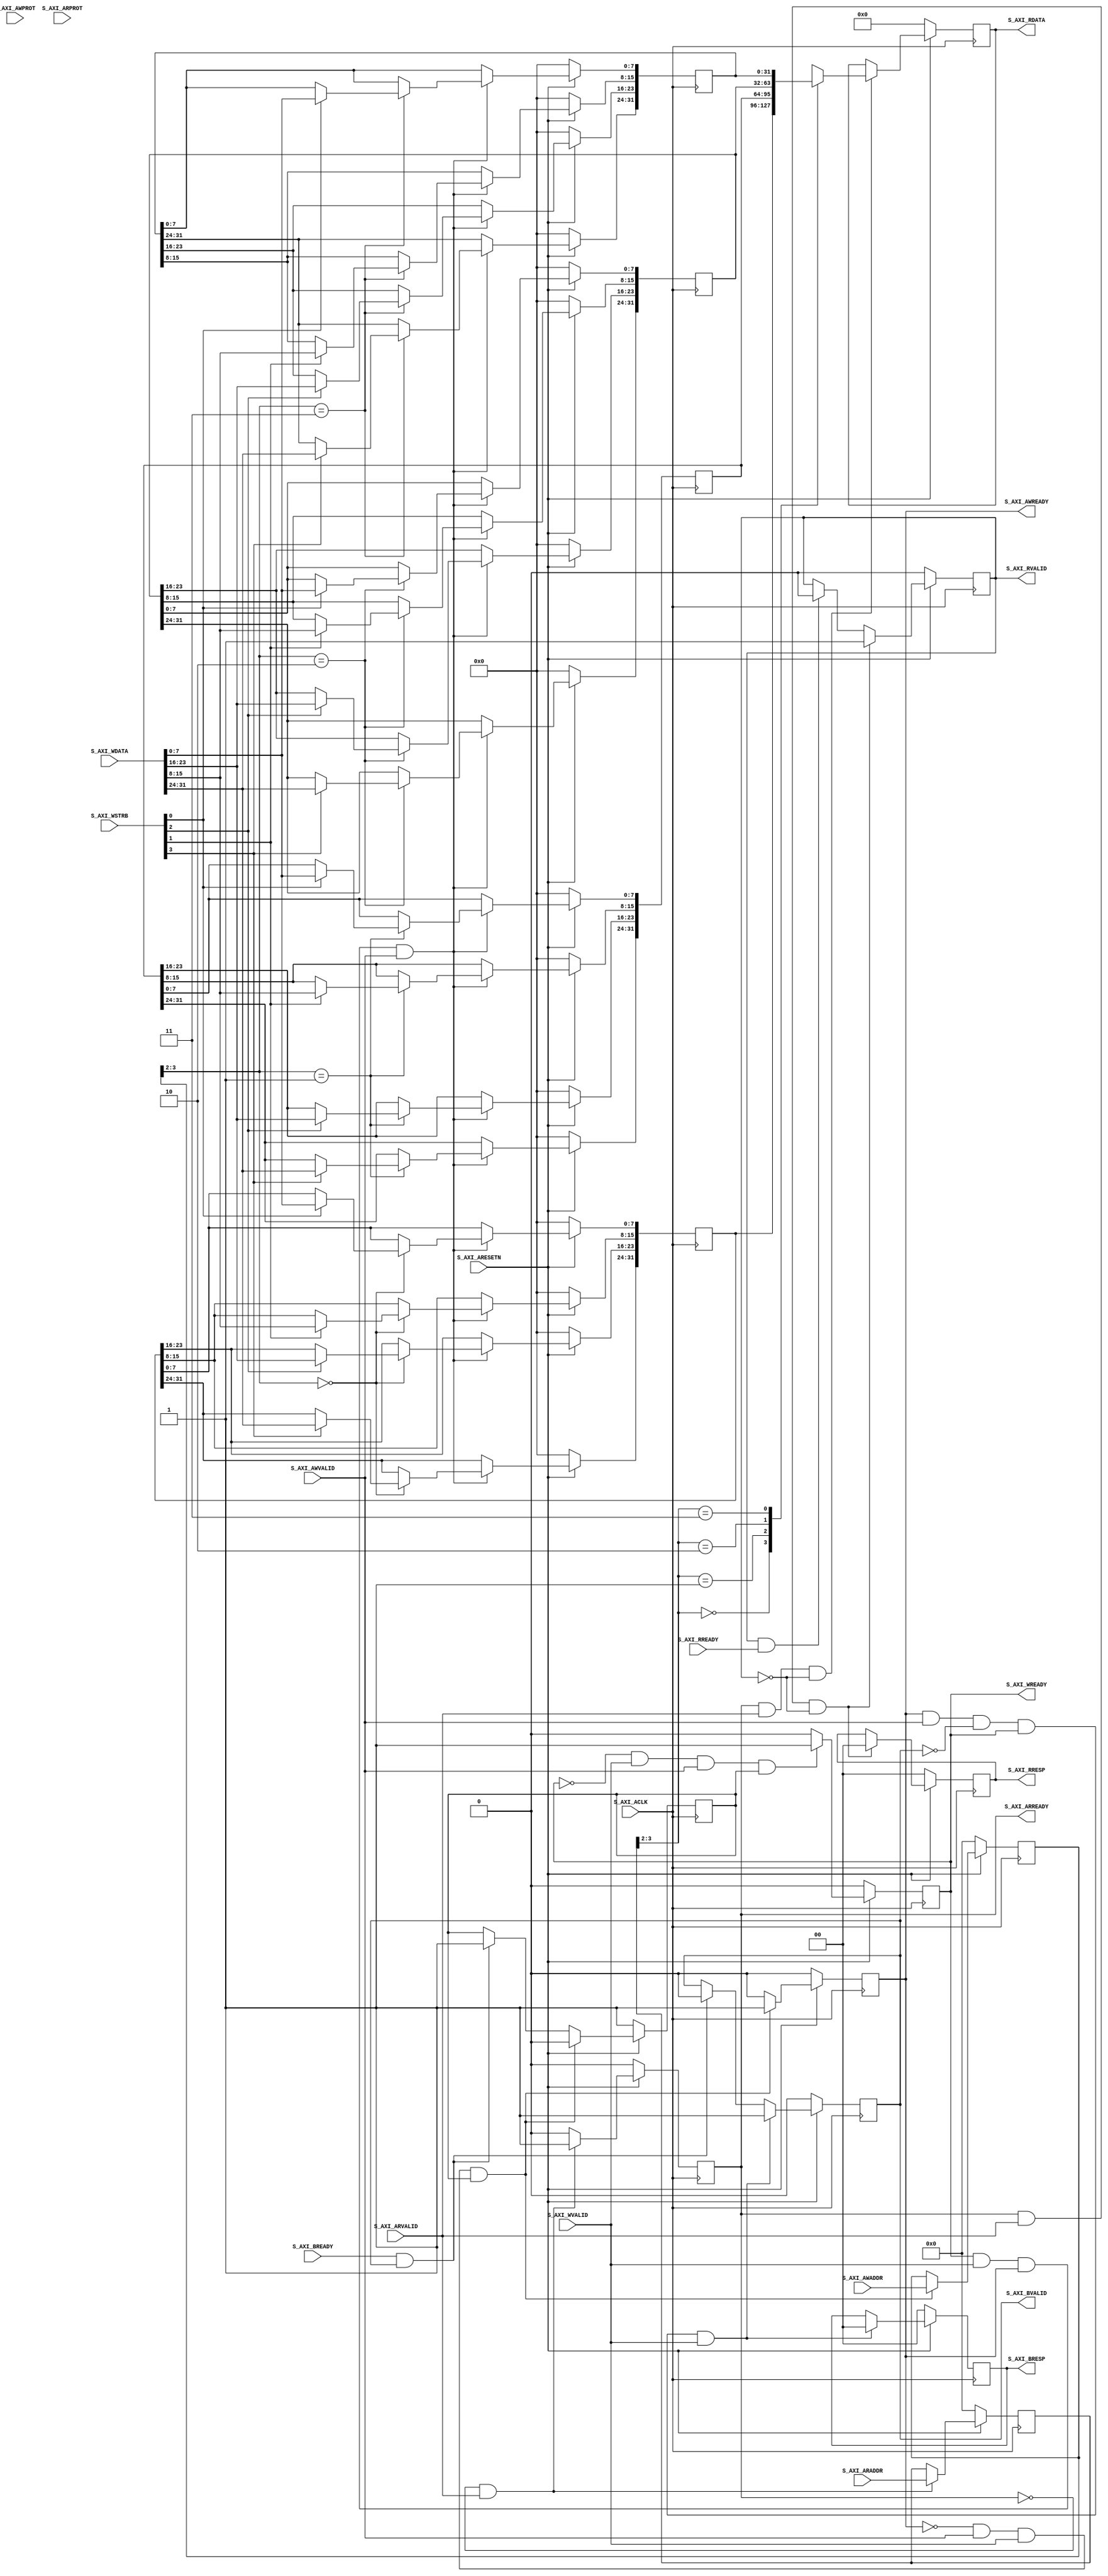
// This program was cloned from: https://github.com/Digital-EDA/Digital-IDE
// License: MIT License

`timescale 1 ns / 1 ps

module AXI #(
	parameter integer OUTPUT_WIDTH      	= 12,
	parameter integer PHASE_WIDTH        	= 32,
	parameter integer C_S_AXI_DATA_WIDTH	= 32,
	parameter integer C_S_AXI_ADDR_WIDTH	= 4
) (
	// Users to add ports here
	
	// User ports ends
	// Do not modify the ports beyond this line

	input  wire  S_AXI_ACLK, 
	input  wire  S_AXI_ARESETN,

	input  wire  S_AXI_WVALID,
	output wire  S_AXI_RVALID,
	output wire  S_AXI_WREADY,
	input  wire  S_AXI_RREADY,

	input  wire  S_AXI_AWVALID,
	input  wire  S_AXI_ARVALID,
	output wire  S_AXI_AWREADY,
	output wire  S_AXI_ARREADY,

	input  wire  [C_S_AXI_ADDR_WIDTH-1 : 0] S_AXI_AWADDR,
	input  wire  [C_S_AXI_ADDR_WIDTH-1 : 0] S_AXI_ARADDR,
	input  wire  [C_S_AXI_DATA_WIDTH-1 : 0] S_AXI_WDATA,
	output wire  [C_S_AXI_DATA_WIDTH-1 : 0] S_AXI_RDATA,

	input  wire  [2 : 0] S_AXI_AWPROT,
	input  wire  [2 : 0] S_AXI_ARPROT,

	output wire  [1 : 0] S_AXI_BRESP,
	output wire  [1 : 0] S_AXI_RRESP,

	output wire  S_AXI_BVALID,
	input  wire  S_AXI_BREADY,

	input  wire  [(C_S_AXI_DATA_WIDTH/8)-1 : 0] S_AXI_WSTRB
);

// AXI4LITE signals
reg  							axi_awready;
reg  							axi_arready;
reg  							axi_bvalid;
reg  							axi_rvalid;
reg  							axi_wready;

reg [1 : 0] 					axi_bresp;
reg [1 : 0] 					axi_rresp;

reg [C_S_AXI_ADDR_WIDTH-1 : 0] 	axi_awaddr;
reg [C_S_AXI_ADDR_WIDTH-1 : 0] 	axi_araddr;
reg [C_S_AXI_DATA_WIDTH-1 : 0] 	axi_rdata;
// Example-specific design signals
// local parameter for addressing 32 bit / 64 bit C_S_AXI_DATA_WIDTH
// ADDR_LSB is used for addressing 32/64 bit registers/memories
// ADDR_LSB = 2 for 32 bits (n downto 2)
// ADDR_LSB = 3 for 64 bits (n downto 3)
localparam integer ADDR_LSB          = (C_S_AXI_DATA_WIDTH/32) + 1;
localparam integer OPT_MEM_ADDR_BITS = 1;
//----------------------------------------------
//-- Signals for user logic register space example
//------------------------------------------------
//-- Number of Slave Registers 4
reg	                          aw_en;
wire	                      slv_reg_rden;
wire	                      slv_reg_wren;
reg  [C_S_AXI_DATA_WIDTH-1:0] slv_reg0;
reg  [C_S_AXI_DATA_WIDTH-1:0] slv_reg1;
reg  [C_S_AXI_DATA_WIDTH-1:0] slv_reg2;
reg  [C_S_AXI_DATA_WIDTH-1:0] slv_reg3;
reg  [C_S_AXI_DATA_WIDTH-1:0] reg_data_out;

integer	                      byte_index;
// I/O Connections assignments

assign S_AXI_AWREADY	= axi_awready;
assign S_AXI_WREADY	    = axi_wready;
assign S_AXI_BRESP	    = axi_bresp;
assign S_AXI_BVALID	    = axi_bvalid;
assign S_AXI_ARREADY	= axi_arready;
assign S_AXI_RDATA	    = axi_rdata;
assign S_AXI_RRESP	    = axi_rresp;
assign S_AXI_RVALID	    = axi_rvalid;
// Implement axi_awready generation
// axi_awready is asserted for one S_AXI_ACLK clock cycle when both
// S_AXI_AWVALID and S_AXI_WVALID are asserted. axi_awready is
// de-asserted when reset is low.

always @( posedge S_AXI_ACLK ) begin
	if ( S_AXI_ARESETN == 1'b0 ) begin
		axi_awready <= 1'b0;
		aw_en <= 1'b1;
	end 
	else begin    
		if (~axi_awready && S_AXI_AWVALID && S_AXI_WVALID && aw_en) begin
			axi_awready <= 1'b1;
			aw_en <= 1'b0;
		end
		else if (S_AXI_BREADY && axi_bvalid) begin
				aw_en <= 1'b1;
				axi_awready <= 1'b0;
		end
		else begin
			axi_awready <= 1'b0;
		end
	end 
end       

// Implement axi_awaddr latching
// This process is used to latch the address when both 
// S_AXI_AWVALID and S_AXI_WVALID are valid. 
always @( posedge S_AXI_ACLK ) begin
	if ( S_AXI_ARESETN == 1'b0 ) begin
		axi_awaddr <= 0;
	end 
	else begin    
		if (~axi_awready && S_AXI_AWVALID && S_AXI_WVALID && aw_en) begin
			// Write Address latching 
			axi_awaddr <= S_AXI_AWADDR;
		end
	end 
end       

// Implement axi_wready generation
// axi_wready is asserted for one S_AXI_ACLK clock cycle when both
// S_AXI_AWVALID and S_AXI_WVALID are asserted. axi_wready is 
// de-asserted when reset is low. 
always @( posedge S_AXI_ACLK ) begin
	if ( S_AXI_ARESETN == 1'b0 ) begin
		axi_wready <= 1'b0;
	end 
	else begin    
		if (~axi_wready && S_AXI_WVALID && S_AXI_AWVALID && aw_en ) begin
			axi_wready <= 1'b1;
		end
		else begin
			axi_wready <= 1'b0;
		end
	end 
end       

// Implement write response logic generation
// The write response and response valid signals are asserted by the slave 
// when axi_wready, S_AXI_WVALID, axi_wready and S_AXI_WVALID are asserted.  
// This marks the acceptance of address and indicates the status of 
// write transaction.

always @( posedge S_AXI_ACLK ) begin
	if ( S_AXI_ARESETN == 1'b0 ) begin
		axi_bvalid  <= 0;
		axi_bresp   <= 2'b0;
	end 
	else begin    
		if (axi_awready && S_AXI_AWVALID && ~axi_bvalid && axi_wready && S_AXI_WVALID) begin
			// indicates a valid write response is available
			axi_bvalid <= 1'b1;
			axi_bresp  <= 2'b0; // 'OKAY' response 
		end                   // work error responses in future
		else begin
			if (S_AXI_BREADY && axi_bvalid) begin
				axi_bvalid <= 1'b0; 
			end  
		end
	end
end   

// Implement axi_arready generation
// axi_arready is asserted for one S_AXI_ACLK clock cycle when
// S_AXI_ARVALID is asserted. axi_awready is 
// de-asserted when reset (active low) is asserted. 
// The read address is also latched when S_AXI_ARVALID is 
// asserted. axi_araddr is reset to zero on reset assertion.

always @( posedge S_AXI_ACLK ) begin
	if ( S_AXI_ARESETN == 1'b0 ) begin
		axi_arready <= 1'b0;
		axi_araddr  <= 32'b0;
	end 
	else begin    
		if (~axi_arready && S_AXI_ARVALID) begin
			// indicates that the slave has acceped the valid read address
			axi_arready <= 1'b1;
			// Read address latching
			axi_araddr  <= S_AXI_ARADDR;
		end
		else begin
			axi_arready <= 1'b0;
		end
	end 
end       

// Implement axi_arvalid generation
// axi_rvalid is asserted for one S_AXI_ACLK clock cycle when both 
// S_AXI_ARVALID and axi_arready are asserted. The slave registers 
// data are available on the axi_rdata bus at this instance. The 
// assertion of axi_rvalid marks the validity of read data on the 
// bus and axi_rresp indicates the status of read transaction.axi_rvalid 
// is deasserted on reset (active low). axi_rresp and axi_rdata are 
// cleared to zero on reset (active low).  
always @( posedge S_AXI_ACLK ) begin
	if ( S_AXI_ARESETN == 1'b0 ) begin
		axi_rvalid <= 0;
		axi_rresp  <= 0;
	end 
	else begin    
		if (axi_arready && S_AXI_ARVALID && ~axi_rvalid) begin
			// Valid read data is available at the read data bus
			axi_rvalid <= 1'b1;
			axi_rresp  <= 2'b0; // 'OKAY' response
		end   
		else if (axi_rvalid && S_AXI_RREADY) begin
			// Read data is accepted by the master
			axi_rvalid <= 1'b0;
		end                
	end
end    

// Output register or memory read data
always @( posedge S_AXI_ACLK ) begin
	if ( S_AXI_ARESETN == 1'b0 ) begin
		axi_rdata  <= 0;
	end 
	else begin    
		if (slv_reg_rden) begin
			axi_rdata <= reg_data_out;     // register read data
		end   
	end
end  

// Implement memory mapped register select and write logic generation
// The write data is accepted and written to memory mapped registers when
// axi_awready, S_AXI_WVALID, axi_wready and S_AXI_WVALID are asserted. Write strobes are used to
// select byte enables of slave registers while writing.
// These registers are cleared when reset (active low) is applied.
// Slave register write enable is asserted when valid address and data are available
// and the slave is ready to accept the write address and write data.
assign slv_reg_wren = axi_wready && S_AXI_WVALID && axi_awready && S_AXI_AWVALID;

always @( posedge S_AXI_ACLK ) begin
	if ( S_AXI_ARESETN == 1'b0 ) begin
		slv_reg0 <= 0;
		slv_reg1 <= 0;
		slv_reg2 <= 0;
		slv_reg3 <= 0;
	end
	else begin
		if (slv_reg_wren) begin
			case ( axi_awaddr[ADDR_LSB+OPT_MEM_ADDR_BITS:ADDR_LSB] )
				4'd0:for ( byte_index = 0; byte_index <= (C_S_AXI_DATA_WIDTH/8)-1; byte_index = byte_index+1 )
						if ( S_AXI_WSTRB[byte_index] == 1 ) begin
							slv_reg0[(byte_index*8) +: 8] <= S_AXI_WDATA[(byte_index*8) +: 8];
						end
				4'd1:for ( byte_index = 0; byte_index <= (C_S_AXI_DATA_WIDTH/8)-1; byte_index = byte_index+1 )
						if ( S_AXI_WSTRB[byte_index] == 1 ) begin
							slv_reg1[(byte_index*8) +: 8] <= S_AXI_WDATA[(byte_index*8) +: 8];
						end 
				4'd2:for ( byte_index = 0; byte_index <= (C_S_AXI_DATA_WIDTH/8)-1; byte_index = byte_index+1 )
						if ( S_AXI_WSTRB[byte_index] == 1 ) begin
							slv_reg2[(byte_index*8) +: 8] <= S_AXI_WDATA[(byte_index*8) +: 8];
						end
				4'd3:for ( byte_index = 0; byte_index <= (C_S_AXI_DATA_WIDTH/8)-1; byte_index = byte_index+1 )
						if ( S_AXI_WSTRB[byte_index] == 1 ) begin
							slv_reg3[(byte_index*8) +: 8] <= S_AXI_WDATA[(byte_index*8) +: 8];
						end
				default : 
					begin
						slv_reg0 <= slv_reg0;
						slv_reg1 <= slv_reg1;
						slv_reg2 <= slv_reg2;
						slv_reg3 <= slv_reg3;
					end
			endcase
		end
	end
end    

// Implement memory mapped register select and read logic generation
// Slave register read enable is asserted when valid address is available
// and the slave is ready to accept the read address.
assign slv_reg_rden = axi_arready & S_AXI_ARVALID & ~axi_rvalid;
always @(*) begin
	case ( axi_araddr[ADDR_LSB+OPT_MEM_ADDR_BITS:ADDR_LSB] )
		4'd0 : reg_data_out <= slv_reg0;
		4'd1 : reg_data_out <= slv_reg1;
		4'd2 : reg_data_out <= slv_reg2;
		4'd3 : reg_data_out <= slv_reg3;
		default : reg_data_out <= 0;
	endcase
end
  
// Add user logic here

// User logic ends

endmodule